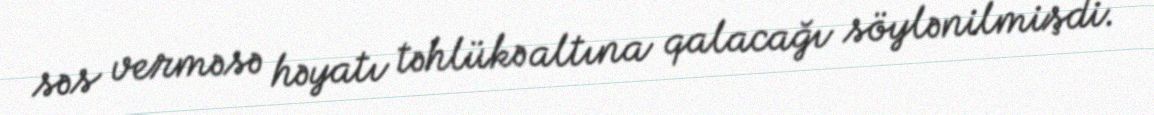
səs verməsə həyatı təhlükə altına qalacağı söylənilmişdi.